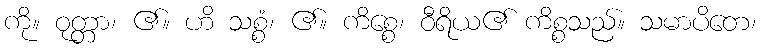
ကို။ ဝုတ္တာ၊ ၏။ ဟိ သစ္စံ၊ ၏။ ကိစ္စေ၊ ဝီရိယ၏ ကိစ္စသည်။ သမာပိတေ၊